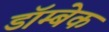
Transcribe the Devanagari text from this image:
डॉम्बेक